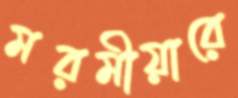
মরমীয়ারে